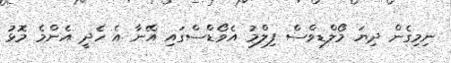
ނިމިގެން ދިޔަ މޯލްޑިވްސް ފިލްމު އެވޯޑްސްގައި އޭނާ އެ ހެދީ އެންމެ މޮޅު